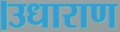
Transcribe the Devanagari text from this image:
।उधाराण